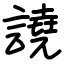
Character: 譊